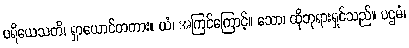
ပရိယေသတိ၊ ရှာယောင်တကား။ ယံ၊ အကြင်ကြောင့်။ သော၊ ထိုဘုရားရှင်သည်။ ပဌမံ၊